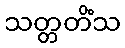
သတ္တတိံသ